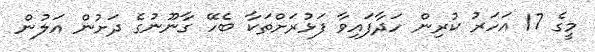
މީގެ 17 އަހަރު ކުރިން ހަދާފައިވާ ފަޅުރަށްތަކާ ބެހޭ ގާނޫނުގެ ދަށުން އަލުން